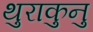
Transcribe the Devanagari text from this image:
थुराकुनु